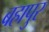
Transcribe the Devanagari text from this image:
बहापुर